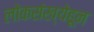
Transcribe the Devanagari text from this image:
लोकसंख्येहून